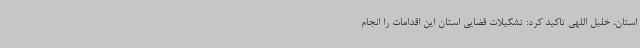
استان، خلیل اللهی تاکید کرد: تشکیلات قضایی استان این اقدامات را انجام